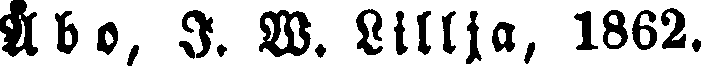
Åbo, I. W. Lillja, 1862.